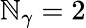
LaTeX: \mathbb{N}_{\gamma}=2